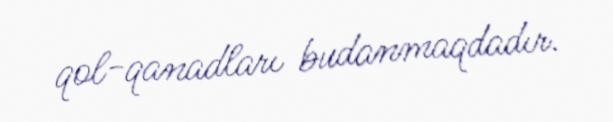
qol-qanadları budanmaqdadır.